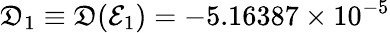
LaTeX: \mathfrak{D}_{1}\equiv\mathfrak{D}(\mathcal{E}_{1})=-5.16387\times 10^{-5}